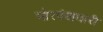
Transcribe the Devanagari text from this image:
मोरपंखधारी